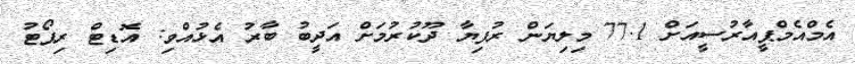
އެމްއެމްޕީއާރުސީއަށް 77.1 މިލިޔަން ރުފިޔާ ދޫކުރުމަށް އަދީބު ބާރު އެޅުއްވި: އޮޑިޓް ރިޕޯޓު